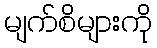
မျက်စိများကို